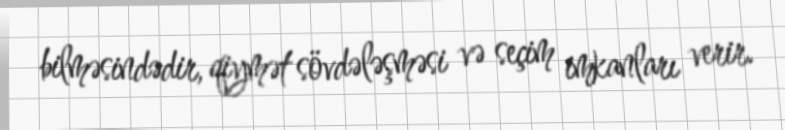
bilməsindədir, qiymət sövdələşməsi və seçim imkanları verir.